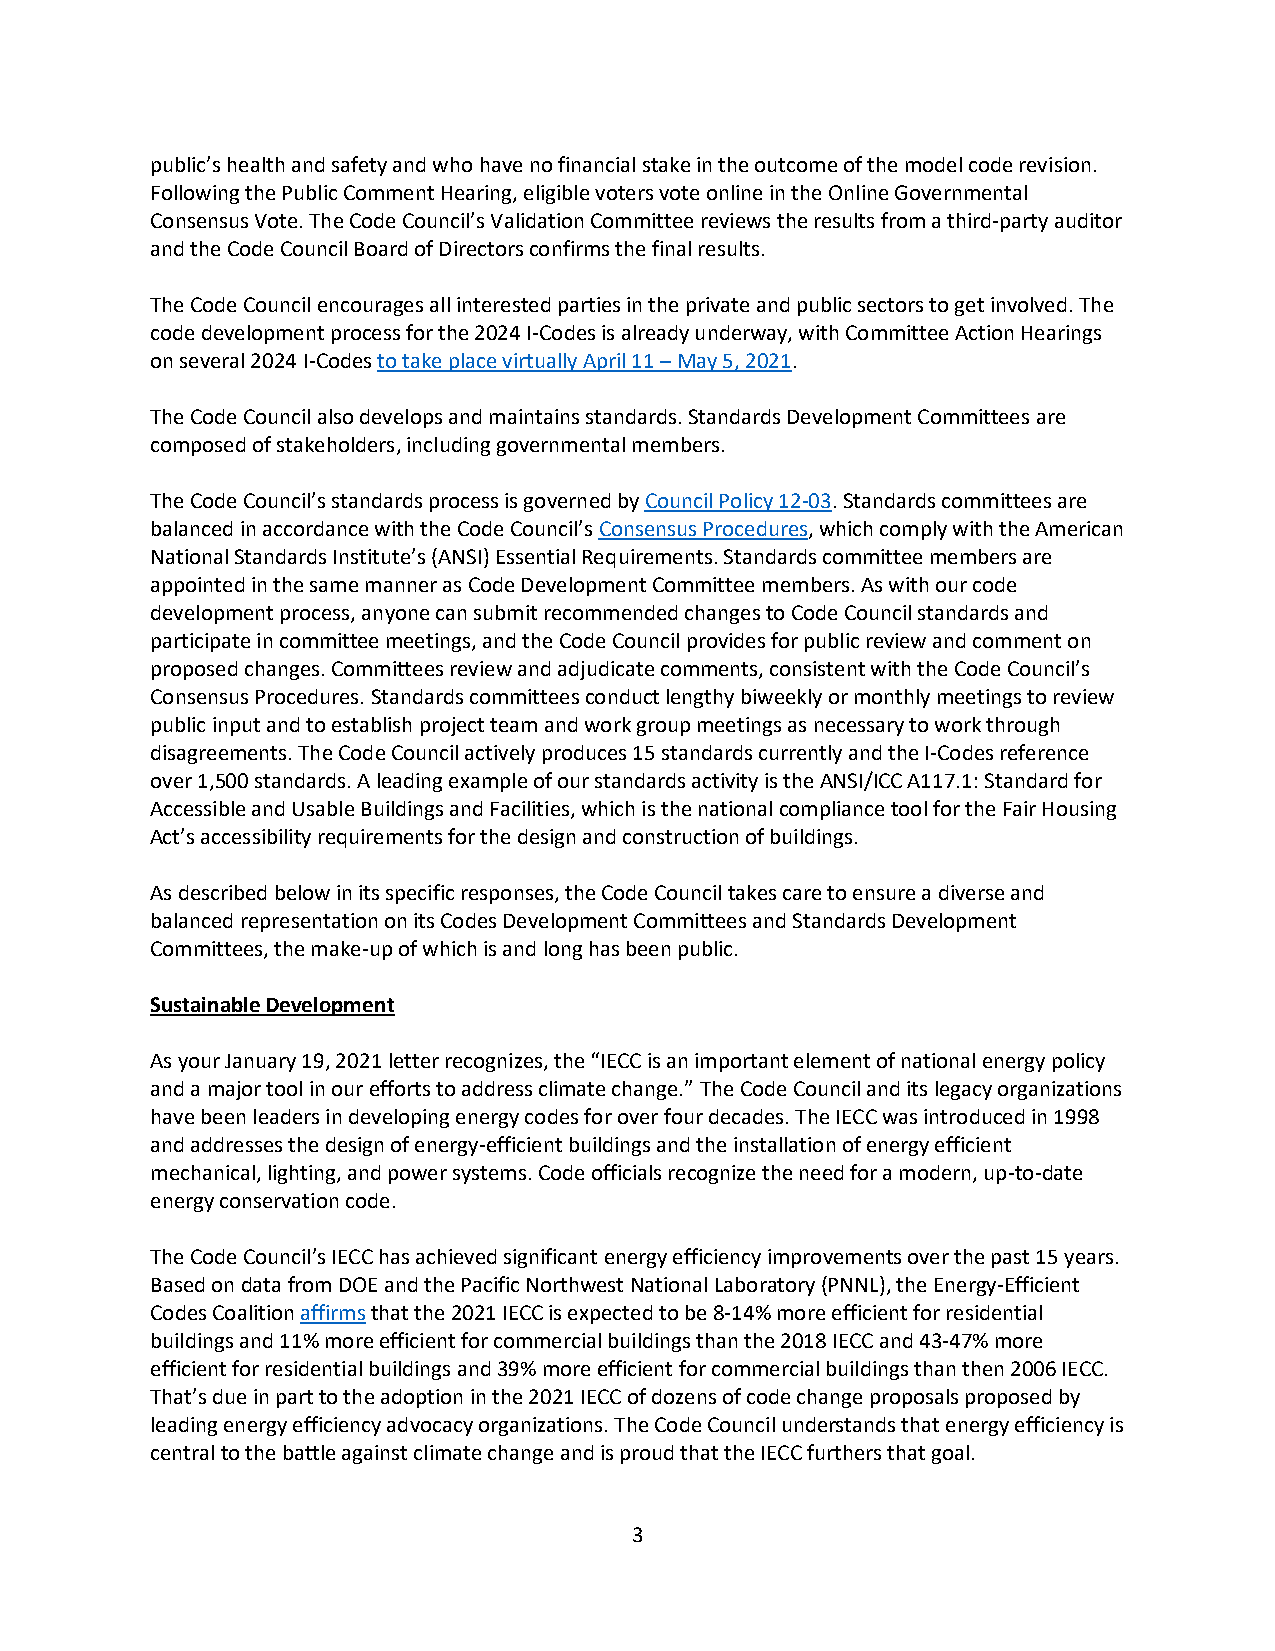
public’s health and safety and who have no financial stake in the outcome of the model code revision.
 Following the Public Comment Hearing, eligible voters vote online in the Online Governmental
 Consensus Vote. The Code Council’s Validation Committee reviews the results from a third-party auditor
 and the Code Council Board of Directors confirms the final results.
 The Code Council encourages all interested parties in the private and public sectors to get involved. The
 code development process for the 2024 I-Codes is already underway, with Committee Action Hearings
 on several 2024 I-Codes to take place virtually April 11 – May 5, 2021.
 The Code Council also develops and maintains standards. Standards Development Committees are
 composed of stakeholders, including governmental members.
 The Code Council’s standards process is governed by Council Policy 12-03. Standards committees are
 balanced in accordance with the Code Council’s Consensus Procedures, which comply with the American
 National Standards Institute’s (ANSI) Essential Requirements. Standards committee members are
 appointed in the same manner as Code Development Committee members. As with our code
 development process, anyone can submit recommended changes to Code Council standards and
 participate in committee meetings, and the Code Council provides for public review and comment on
 proposed changes. Committees review and adjudicate comments, consistent with the Code Council’s
 Consensus Procedures. Standards committees conduct lengthy biweekly or monthly meetings to review
 public input and to establish project team and work group meetings as necessary to work through
 disagreements. The Code Council actively produces 15 standards currently and the I-Codes reference
 over 1,500 standards. A leading example of our standards activity is the ANSI/ICC A117.1: Standard for
 Accessible and Usable Buildings and Facilities, which is the national compliance tool for the Fair Housing
 Act’s accessibility requirements for the design and construction of buildings.
 As described below in its specific responses, the Code Council takes care to ensure a diverse and
 balanced representation on its Codes Development Committees and Standards Development
 Committees, the make-up of which is and long has been public.
 Sustainable Development
 As your January 19, 2021 letter recognizes, the “IECC is an important element of national energy policy
 and a major tool in our efforts to address climate change.” The Code Council and its legacy organizations
 have been leaders in developing energy codes for over four decades. The IECC was introduced in 1998
 and addresses the design of energy-efficient buildings and the installation of energy efficient
 mechanical, lighting, and power systems. Code officials recognize the need for a modern, up-to-date
 energy conservation code.
 The Code Council’s IECC has achieved significant energy efficiency improvements over the past 15 years.
 Based on data from DOE and the Pacific Northwest National Laboratory (PNNL), the Energy-Efficient
 Codes Coalition affirms that the 2021 IECC is expected to be 8-14% more efficient for residential
 buildings and 11% more efficient for commercial buildings than the 2018 IECC and 43-47% more
 efficient for residential buildings and 39% more efficient for commercial buildings than then 2006 IECC.
 That’s due in part to the adoption in the 2021 IECC of dozens of code change proposals proposed by
 leading energy efficiency advocacy organizations. The Code Council understands that energy efficiency is
 central to the battle against climate change and is proud that the IECC furthers that goal.
 3